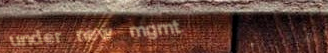
under new mgmt